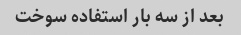
بعد از سه بار استفاده سوخت